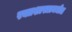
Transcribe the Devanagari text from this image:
रक्तशास्त्रामधील